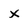
Character: x